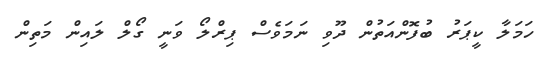
ހަމަލާ ކީޕަރު ބުފޮންއަތުން ދޫވި ނަމަވެސް ޕިރްލޯ ވަނީ ގޯލް ލައިން މަތިން